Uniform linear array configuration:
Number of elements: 12
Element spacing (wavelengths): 0.5
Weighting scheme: blackman
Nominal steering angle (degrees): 60
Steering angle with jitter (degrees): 61.859
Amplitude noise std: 0.05
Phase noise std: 0.05

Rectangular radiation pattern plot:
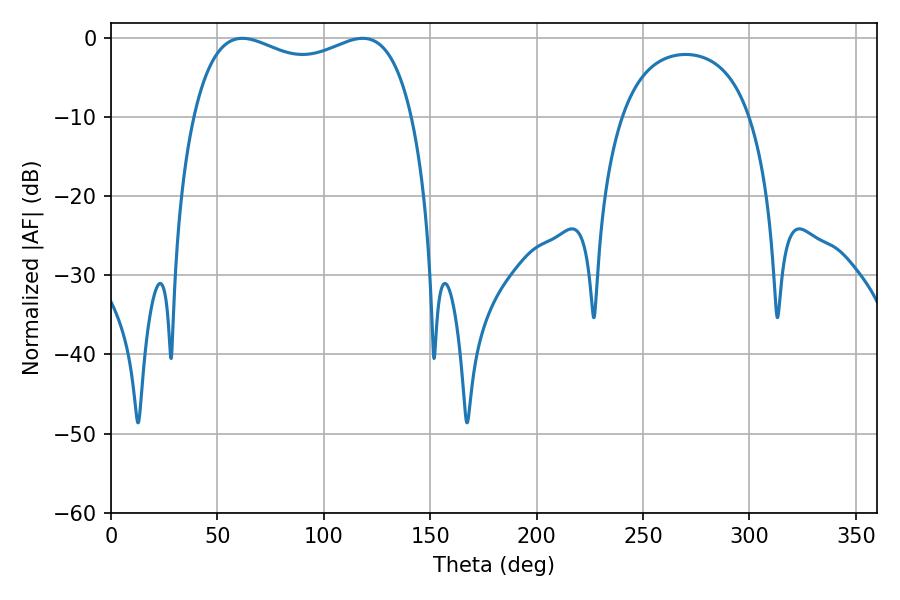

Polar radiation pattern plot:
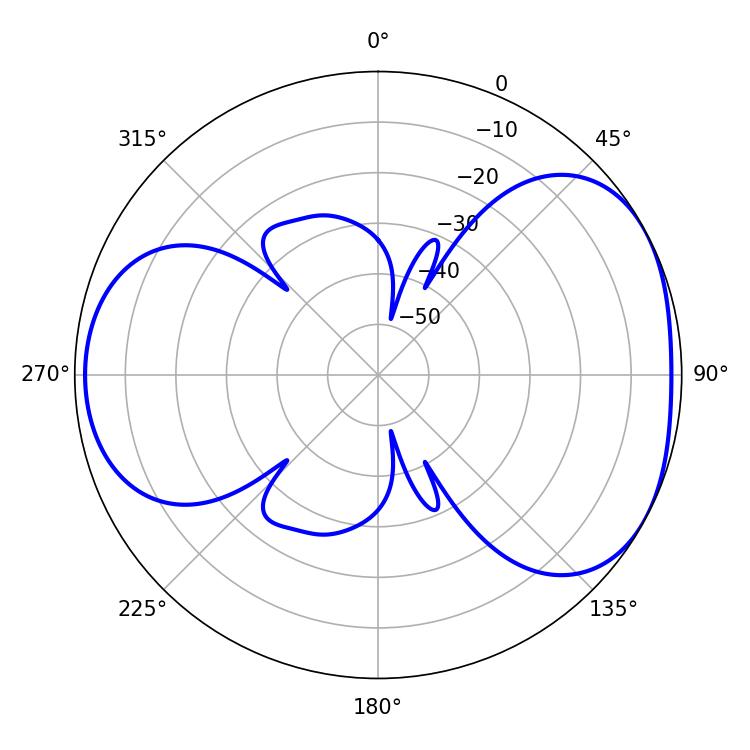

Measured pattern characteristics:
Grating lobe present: FALSE
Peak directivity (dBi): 4.509
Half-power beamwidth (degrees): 84.96
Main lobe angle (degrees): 61.74